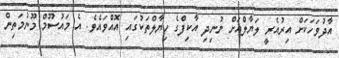
އާދުވަހަކަށް އިރުއެރީ ލަޔާލްއަށް ނުނިދި އާކިފްގެ ހިޔާލްތަކުގައި އޮއްވައެވެ. އެ މައުސޫމް މޫނުމަތިން